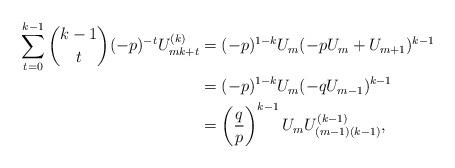
LaTeX: \begin{align*}\sum_{t=0}^{k-1}\binom{k-1}{t}(-p)^{-t}U_{mk+t}^{(k)}&=(-p)^{1-k}U_{m}(-pU_{m}+U_{m+1})^{k-1} \\&=(-p)^{1-k}U_{m}(-qU_{m-1})^{k-1} \\&=\left( \frac{q}{p}\right) ^{k-1}U_{m}U_{(m-1)(k-1)}^{(k-1)},\end{align*}